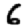
Digit: 6